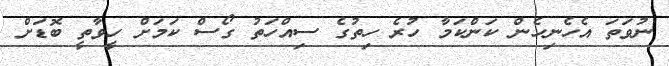
ނުވަތަ އެހެނިހެން ކަންކަމާ ހުރެ ހިތުގެ ސިއްހަތު ގޯސް ކަމަށް ހީވާތީ ބޮޑަށް